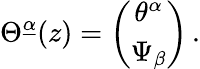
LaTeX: \Theta^{\underline{{\alpha}}}(z)=\left(\begin{array}{c}{{\theta^{\alpha}}}\\ {{\Psi_{\beta}}}\end{array}\right)\, .